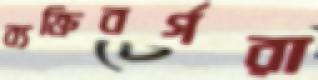
ব্যক্তিবর্গরা